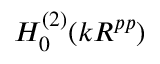
H _ { 0 } ^ { ( 2 ) } ( k R ^ { p p } )